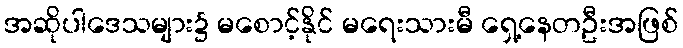
အဆိုပါဒေသများ၌ မစောင့်နိုင် မရေးသားမီ ရှေ့နေတဦးအဖြစ်